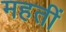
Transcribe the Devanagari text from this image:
महतीं